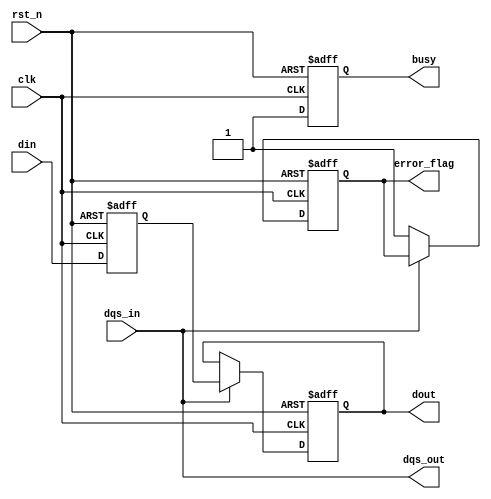
module gddr_io_block #(
    parameter DATA_WIDTH = 32, // Configurable data bus width
    parameter ADDR_WIDTH = 16   // Address width for memory
)(
    input wire clk,                     // Clock input
    input wire rst_n,                   // Active low reset
    input wire [DATA_WIDTH-1:0] din,   // Data input
    input wire dqs_in,                  // Data Strobe input
    output wire [DATA_WIDTH-1:0] dout,  // Data output
    output wire dqs_out,                // Data Strobe output
    output wire busy,                   // Busy signal
    output wire error_flag              // Error flag
);

    // Internal signals
    reg [DATA_WIDTH-1:0] tx_data;      // Transmitter data
    reg [DATA_WIDTH-1:0] rx_data;      // Receiver data
    reg busy_reg;                       // Busy register
    reg error_reg;                      // Error register

    // Transmitter block
    always @(posedge clk or negedge rst_n) begin
        if (!rst_n) begin
            tx_data <= 0;
            busy_reg <= 0;
        end else begin
            // Example data serialization and transmission logic
            tx_data <= din; // Simple pass-through for demonstration
            busy_reg <= 1;  // Indicate busy during transmission
        end
    end

    // Receiver block
    always @(posedge clk or negedge rst_n) begin
        if (!rst_n) begin
            rx_data <= 0;
            error_reg <= 0;
        end else begin
            // Example data reception logic
            if (dqs_in) begin
                rx_data <= tx_data; // Simple pass-through for demonstration
            end else begin
                error_reg <= 1; // Simulated error condition
            end
        end
    end

    // Output assignments
    assign dout = rx_data;
    assign dqs_out = dqs_in; // Echo DQS for demonstration
    assign busy = busy_reg;
    assign error_flag = error_reg;

endmodule